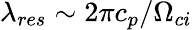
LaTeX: \lambda_{res}\sim 2\pi c_{p}/\Omega_{ci}